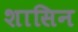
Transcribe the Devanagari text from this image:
शासिन